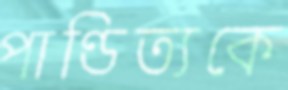
পাণ্ডিত্যকে